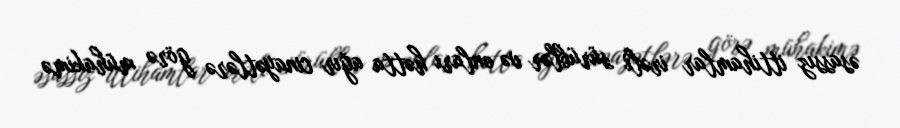
əsassız ittihamlar irəli sürüblər və onları hətta ağır cinayətlərə görə mühakimə